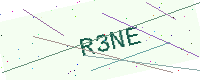
Text: R3NE